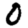
Digit: 0